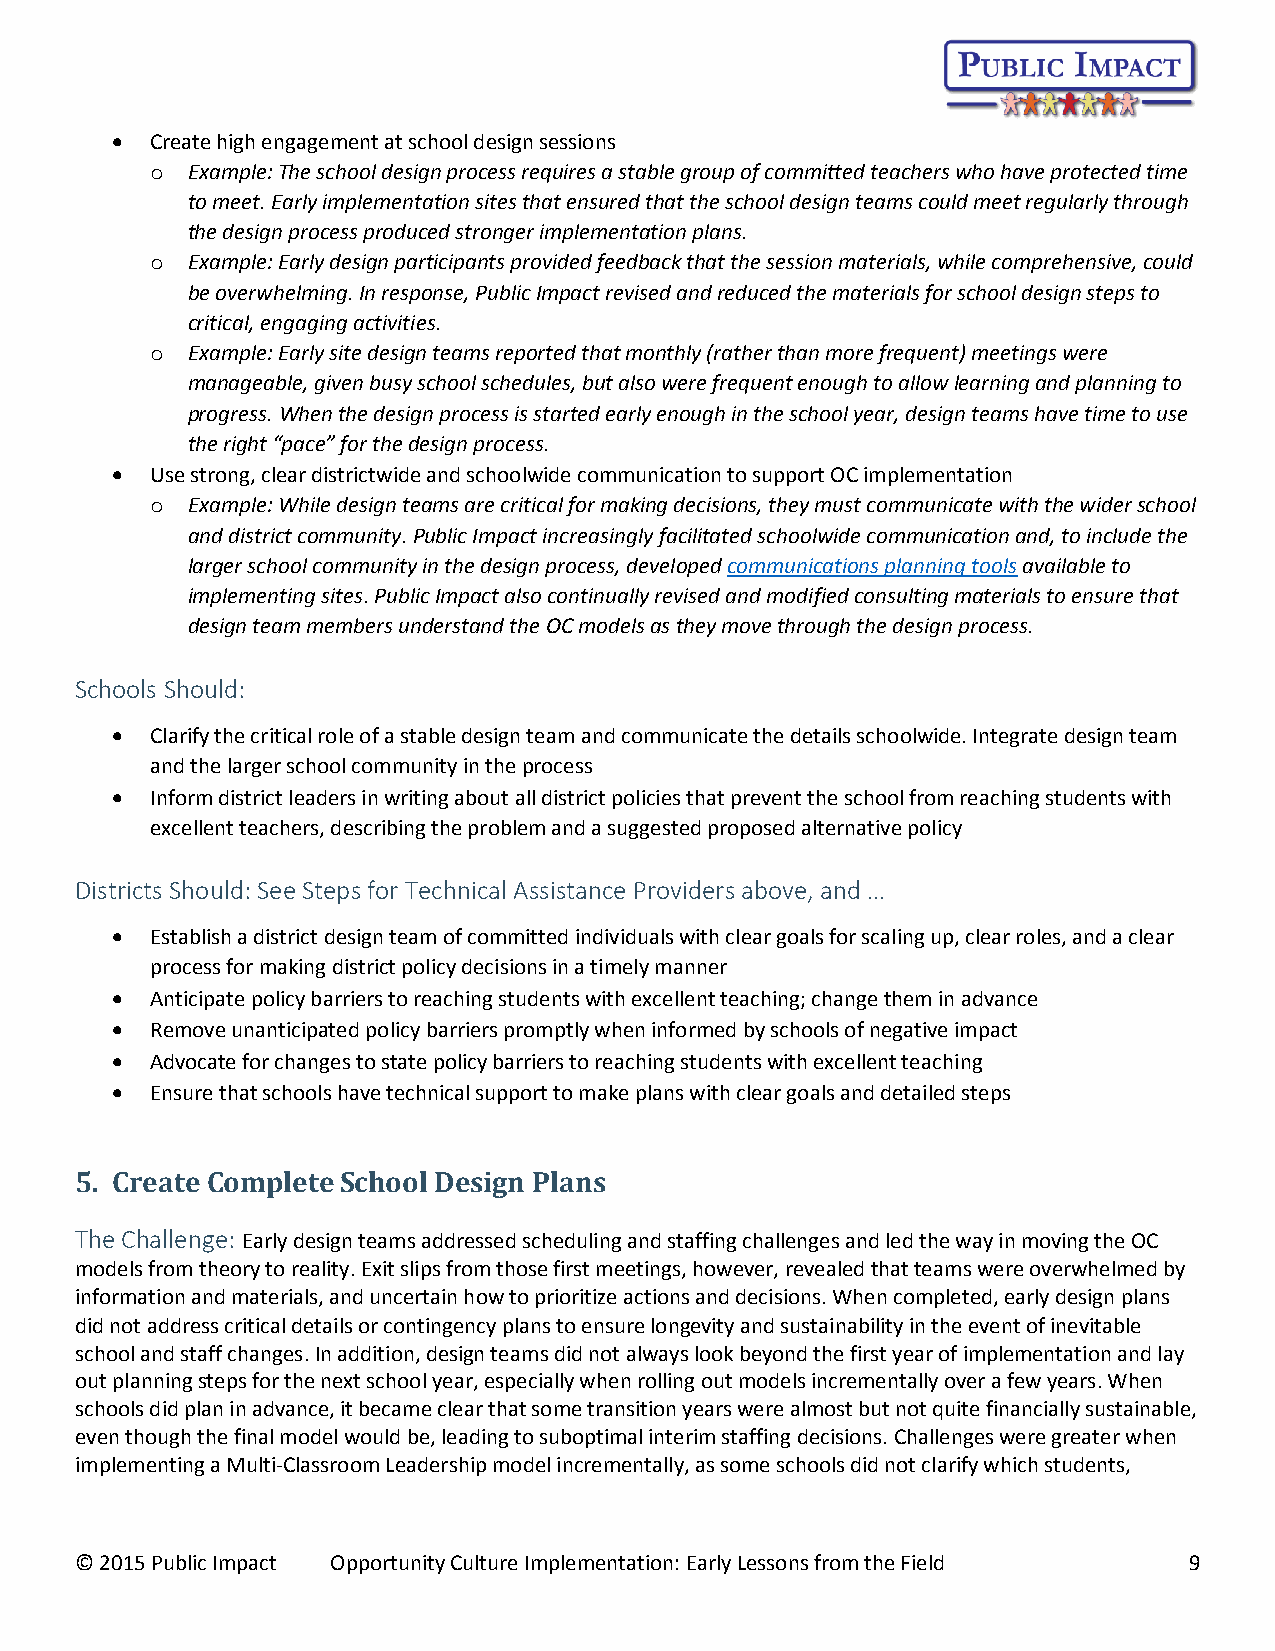
  Create high engagement at school design sessions
 o Example: The school design process requires a stable group of committed teachers who have protected time
 to meet. Early implementation sites that ensured that the school design teams could meet regularly through
 the design process produced stronger implementation plans.
 o Example: Early design participants provided feedback that the session materials, while comprehensive, could
 be overwhelming. In response, Public Impact revised and reduced the materials for school design steps to
 critical, engaging activities.
 o Example: Early site design teams reported that monthly (rather than more frequent) meetings were
 manageable, given busy school schedules, but also were frequent enough to allow learning and planning to
 progress. When the design process is started early enough in the school year, design teams have time to use
 the right “pace” for the design process.
   Use strong, clear districtwide and schoolwide communication to support OC implementation
 o Example: While design teams are critical for making decisions, they must communicate with the wider school
 and district community. Public Impact increasingly facilitated schoolwide communication and, to include the
 larger school community in the design process, developed communications planning tools available to
 implementing sites. Public Impact also continually revised and modified consulting materials to ensure that
 design team members understand the OC models as they move through the design process.
 Schools Should:
   Clarify the critical role of a stable design team and communicate the details schoolwide. Integrate design team
 and the larger school community in the process
   Inform district leaders in writing about all district policies that prevent the school from reaching students with
 excellent teachers, describing the problem and a suggested proposed alternative policy
 Districts Should: See Steps for Technical Assistance Providers above, and …
   Establish a district design team of committed individuals with clear goals for scaling up, clear roles, and a clear
 process for making district policy decisions in a timely manner
   Anticipate policy barriers to reaching students with excellent teaching; change them in advance
   Remove unanticipated policy barriers promptly when informed by schools of negative impact
   Advocate for changes to state policy barriers to reaching students with excellent teaching
   Ensure that schools have technical support to make plans with clear goals and detailed steps
 5. Create Complete School Design Plans
 The Challenge: Early design teams addressed scheduling and staffing challenges and led the way in moving the OC
 models from theory to reality. Exit slips from those first meetings, however, revealed that teams were overwhelmed by
 information and materials, and uncertain how to prioritize actions and decisions. When completed, early design plans
 did not address critical details or contingency plans to ensure longevity and sustainability in the event of inevitable
 school and staff changes. In addition, design teams did not always look beyond the first year of implementation and lay
 out planning steps for the next school year, especially when rolling out models incrementally over a few years. When
 schools did plan in advance, it became clear that some transition years were almost but not quite financially sustainable,
 even though the final model would be, leading to suboptimal interim staffing decisions. Challenges were greater when
 implementing a Multi-Classroom Leadership model incrementally, as some schools did not clarify which students,
 © 2015 Public Impact Opportunity Culture Implementation: Early Lessons from the Field 9